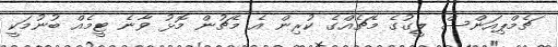
ޗެމްޕިއަންސް ލީގުގެ މެޗެއްގެ ކުރިން އެ މެޗުން މޮޅު ވާނެ ޓީމެއް ބުނުމަކީ